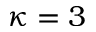
\kappa = 3